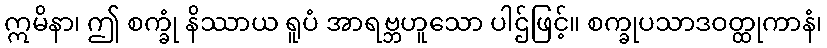
ဣမိနာ၊ ဤ စက္ခုံ နိဿာယ ရူပံ အာရဗ္ဘဟူသော ပါဌ်ဖြင့်။ စက္ခုပသာဒဝတ္ထုကာနံ၊